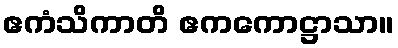
ဧကံသိကာတိ ဧကကောဋ္ဌာသာ။